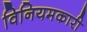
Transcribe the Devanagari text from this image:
विनियमकारी